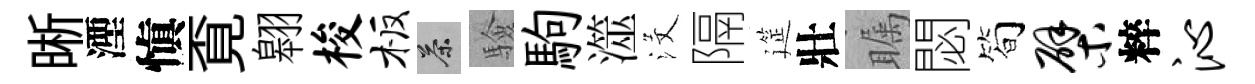
晰湮愼覔翱梭板茶驗駒澨沒隔筵壯瞩閟简檗粹沁